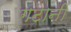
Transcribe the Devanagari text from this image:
गटानी